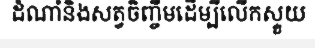
ដំណាំនិងសត្វចិញ្ចឹមដើម្បីលើកស្ទួយ